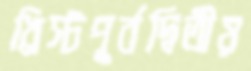
খ্রিস্টপূর্বদ্বিতীয়